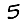
Digit: 5